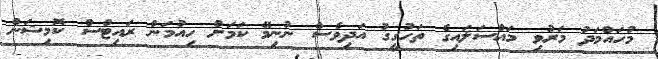
މުހައްމަދު މަރުވި މައްސަލައިގެ ތަހުގީގު އަދިވެސް ނުނިމޭ ކަމަށް ހިއުމަން ރައިޓްސް ކޮމިޝަން